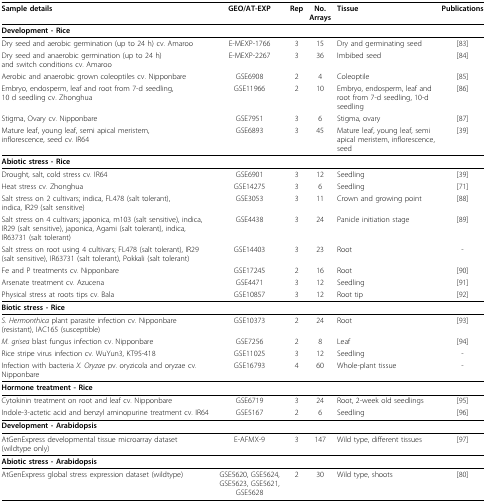
<table><thead><tr><td><b>Sample details</b></td><td><b>GEO/AT-EXP</b></td><td><b>Rep</b></td><td><b>No. Arrays</b></td><td><b>Tissue</b></td><td><b>Publications</b></td></tr></thead><tbody><tr><td><b>Development - Rice</b></td><td></td><td></td><td></td><td></td><td></td></tr><tr><td>Dry seed and aerobic germination (up to 24 h) cv. Amaroo</td><td>E-MEXP-1766</td><td>3</td><td>15</td><td>Dry and germinating seed</td><td>[83]</td></tr><tr><td>Dry seed and anaerobic germination (up to 24 h) and switch conditions cv. Amaroo</td><td>E-MEXP-2267</td><td>3</td><td>36</td><td>Imbibed seed</td><td>[84]</td></tr><tr><td>Aerobic and anaerobic grown coleoptiles cv. Nipponbare</td><td>GSE6908</td><td>2</td><td>4</td><td>Coleoptile</td><td>[85]</td></tr><tr><td>Embryo, endosperm, leaf and root from 7-d seedling, 10 d seedling cv. Zhonghua</td><td>GSE11966</td><td>2</td><td>10</td><td>Embryo, endosperm, leaf and root from 7-d seedling, 10-d seedling</td><td>[86]</td></tr><tr><td>Stigma, Ovary cv. Nipponbare</td><td>GSE7951</td><td>3</td><td>6</td><td>Stigma, ovary</td><td>[87]</td></tr><tr><td>Mature leaf, young leaf, semi apical meristem, inflorescence, seed cv. IR64</td><td>GSE6893</td><td>3</td><td>45</td><td>Mature leaf, young leaf, semi apical meristem, inflorescence, seed</td><td>[39]</td></tr><tr><td><b>Abiotic stress - Rice</b></td><td></td><td></td><td></td><td></td><td></td></tr><tr><td>Drought, salt, cold stress cv. IR64</td><td>GSE6901</td><td>3</td><td>12</td><td>Seedling</td><td>[39]</td></tr><tr><td>Heat stress cv. Zhonghua</td><td>GSE14275</td><td>3</td><td>6</td><td>Seedling</td><td>[71]</td></tr><tr><td>Salt stress on 2 cultivars; indica, FL478 (salt tolerant), indica, IR29 (salt sensitive)</td><td>GSE3053</td><td>3</td><td>11</td><td>Crown and growing point</td><td>[88]</td></tr><tr><td>Salt stress on 4 cultivars; japonica, m103 (salt sensitive), indica, IR29 (salt sensitive), japonica, Agami (salt tolerant), indica, IR63731 (salt tolerant)</td><td>GSE4438</td><td>3</td><td>24</td><td>Panicle initiation stage</td><td>[89]</td></tr><tr><td>Salt stress on root using 4 cultivars; FL478 (salt tolerant), IR29 (salt sensitive), IR63731 (salt tolerant), Pokkali (salt tolerant)</td><td>GSE14403</td><td>3</td><td>23</td><td>Root</td><td>-</td></tr><tr><td>Fe and P treatments cv. Nipponbare</td><td>GSE17245</td><td>2</td><td>16</td><td>Root</td><td>[90]</td></tr><tr><td>Arsenate treatment cv. Azucena</td><td>GSE4471</td><td>3</td><td>12</td><td>Seedling</td><td>[91]</td></tr><tr><td>Physical stress at roots tips cv. Bala</td><td>GSE10857</td><td>3</td><td>12</td><td>Root tip</td><td>[92]</td></tr><tr><td><b>Biotic stress - Rice</b></td><td></td><td></td><td></td><td></td><td></td></tr><tr><td><i>S. Hermonthica </i>plant parasite infection cv. Nipponbare (resistant), IAC165 (susceptible)</td><td>GSE10373</td><td>2</td><td>24</td><td>Root</td><td>[93]</td></tr><tr><td><i>M. grisea </i>blast fungus infection cv. Nipponbare</td><td>GSE7256</td><td>2</td><td>8</td><td>Leaf</td><td>[94]</td></tr><tr><td>Rice stripe virus infection cv. WuYun3, KT95-418</td><td>GSE11025</td><td>3</td><td>12</td><td>Seedling</td><td>-</td></tr><tr><td>Infection with bacteria <i>X. Oryzae </i>pv. oryzicola and oryzae cv. Nipponbare</td><td>GSE16793</td><td>4</td><td>60</td><td>Whole-plant tissue</td><td>-</td></tr><tr><td><b>Hormone treatment - Rice</b></td><td></td><td></td><td></td><td></td><td></td></tr><tr><td>Cytokinin treatment on root and leaf cv. Nipponbare</td><td>GSE6719</td><td>3</td><td>24</td><td>Root, 2-week old seedlings</td><td>[95]</td></tr><tr><td>Indole-3-actetic acid and benzyl aminopurine treatment cv. IR64</td><td>GSE5167</td><td>2</td><td>6</td><td>Seedling</td><td>[96]</td></tr><tr><td><b>Development - Arabidopsis</b></td><td></td><td></td><td></td><td></td><td></td></tr><tr><td>AtGenExpress developmental tissue microarray dataset (wildtype only)</td><td>E-AFMX-9</td><td>3</td><td>147</td><td>Wild type, different tissues</td><td>[97]</td></tr><tr><td><b>Abiotic stress - Arabidopsis</b></td><td></td><td></td><td></td><td></td><td></td></tr><tr><td>AtGenExpress global stress expression dataset (wildtype)</td><td>GSE5620, GSE5624, GSE5623, GSE5621, GSE5628</td><td>2</td><td>30</td><td>Wild type, shoots</td><td>[80]</td></tr></tbody></table>